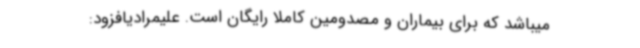
میباشد که برای بیماران و مصدومین کاملا رایگان است. علیمرادیافزود: